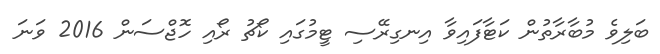
ބަލިވެ މުބާރާތުން ކަޓާފައިވާ އިނގިރޭސި ޓީމުގައި ކޯޗު ރޯއި ހޮޖްސަން 2016 ވަނަ